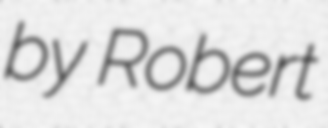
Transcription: by Robert